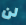
لن